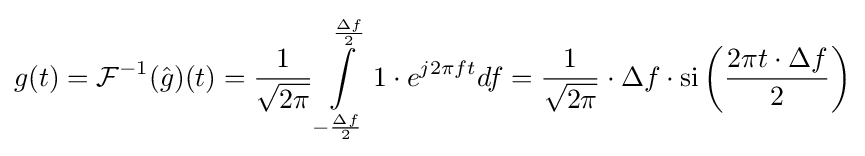
g(t)={\mathcal {F}}^{-1}({\hat {g}})(t)={\frac {1}{\sqrt {2\pi }}}\int \limits _{-{\frac {\Delta f}{2}}}^{\frac {\Delta f}{2}}1\cdot e^{j2\pi ft}df={\frac {1}{\sqrt {2\pi }}}\cdot \Delta f\cdot \operatorname {si} \left({\frac {2\pi t\cdot \Delta f}{2}}\right)